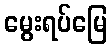
မွေးရပ်မြေ